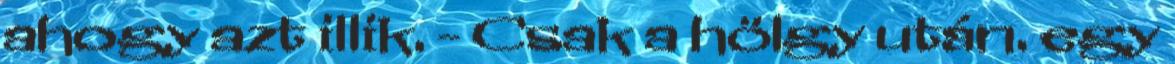
ahogy azt illik. - Csak a hölgy után. egy